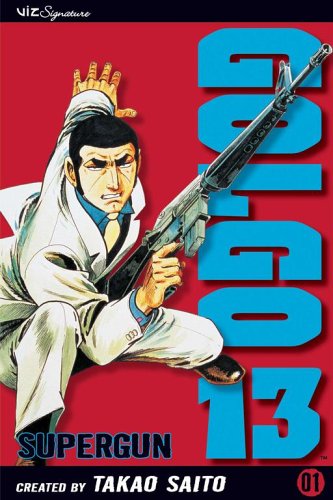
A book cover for Golgo 13, Vol. 1; Takao Saito; Comics & Graphic Novels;